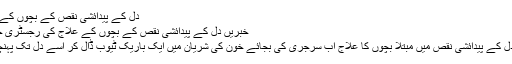
دل کے پیدائشی نقص کے بچوں کے علاج کی رجسٹری
خبریں دل کے پیدائشی نقص کے بچوں کے علاج کی رجسٹری جنوری 04, 2010
امریکہ میں ڈاکٹر، دل کے پیدائشی نقص میں مبتلا بچوں کا علاج اب سرجری کی بجائے خون کی شریان میں ایک باریک ٹیوب ڈال کر اسے دل تک پہنچا کے کر رہے ہیں۔